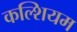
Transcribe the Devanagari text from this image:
कल्शियम